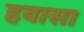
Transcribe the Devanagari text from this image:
हवासा